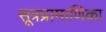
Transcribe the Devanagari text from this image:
सूत्रप्रामाणिका